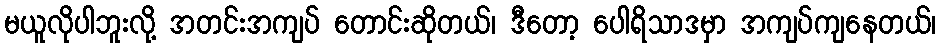
မယူလိုပါဘူးလို့ အတင်းအကျပ် တောင်းဆိုတယ်၊ ဒီတော့ ပေါရိသာဒမှာ အကျပ်ကျနေတယ်၊